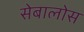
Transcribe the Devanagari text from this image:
सेबालोस